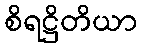
စိရဋ္ဌိတိယာ